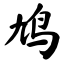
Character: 鸠